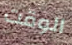
الوقت